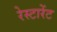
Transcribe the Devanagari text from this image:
रेस्टारेंट